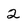
Character: 2